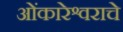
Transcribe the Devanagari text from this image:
ओंकारेश्वराचे